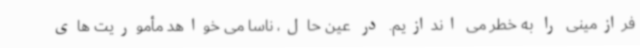
فرازمینی را به خطر می اندازیم. در عین حال، ناسا می خواهد مأموریت های